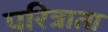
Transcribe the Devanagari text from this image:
परित्राता